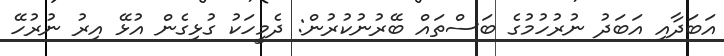
އަބަދާއި އަބަދު ނުރުހުމުގެ ބަސްތައް ބޭރުނުކުރުން: ދެމީހަކު ގުޅިގެން އުޅޭ އިރު ނުރުހޭ